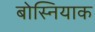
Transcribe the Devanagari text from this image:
बोस्नियाक